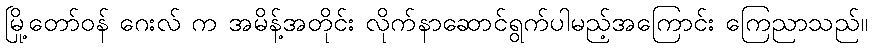
မြို့တော်ဝန် ဂေးလ် က အမိန့်အတိုင်း လိုက်နာဆောင်ရွက်ပါမည့်အကြောင်း ကြေညာသည်။